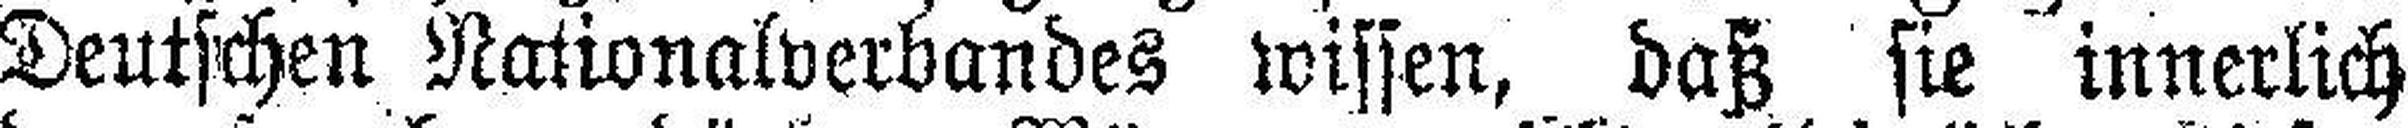
Deutschen Nationalverbandes wissen, daß sie innerlich